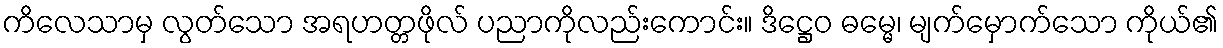
ကိလေသာမှ လွတ်သော အရဟတ္တဖိုလ် ပညာကိုလည်းကောင်း။ ဒိဋ္ဌေဝ ဓမ္မေ၊ မျက်မှောက်သော ကိုယ်၏